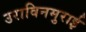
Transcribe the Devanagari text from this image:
उराविनमुराई